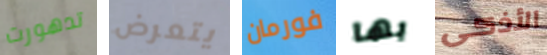
تدهورت يتعرض فورمان بها الأذكى